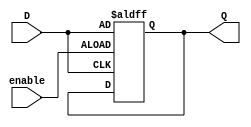
module gated_D_latch_flip_flop (
    input D,
    input enable,
    output reg Q
);

always @(posedge enable or posedge D)
begin
    if (enable)
        Q <= D;
end

endmodule